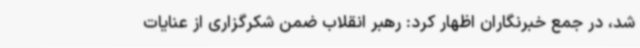
شد، در جمع خبرنگاران اظهار کرد: رهبر انقلاب ضمن شکرگزاری از عنایات